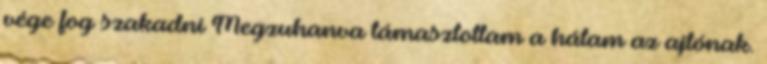
vége fog szakadni Megzuhanva támasztottam a hátam az ajtónak.